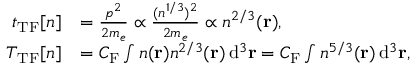
{ \begin{array} { r l } { t _ { \mathrm { T F } } [ n ] } & { = { \frac { p ^ { 2 } } { 2 m _ { e } } } \propto { \frac { ( n ^ { 1 / 3 } ) ^ { 2 } } { 2 m _ { e } } } \propto n ^ { 2 / 3 } ( \mathbf { r } ) , } \\ { T _ { \mathrm { T F } } [ n ] } & { = C _ { \mathrm { F } } \int n ( \mathbf { r } ) n ^ { 2 / 3 } ( \mathbf { r } ) \, \mathrm { d } ^ { 3 } \mathbf { r } = C _ { \mathrm { F } } \int n ^ { 5 / 3 } ( \mathbf { r } ) \, \mathrm { d } ^ { 3 } \mathbf { r } , } \end{array} }